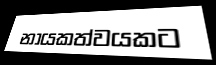
නායකත්වයකට